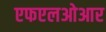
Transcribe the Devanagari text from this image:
एफएलओआर